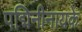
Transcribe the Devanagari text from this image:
पद्मिनीनायके